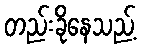
တည်းခိုနေသည့်